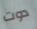
دوت